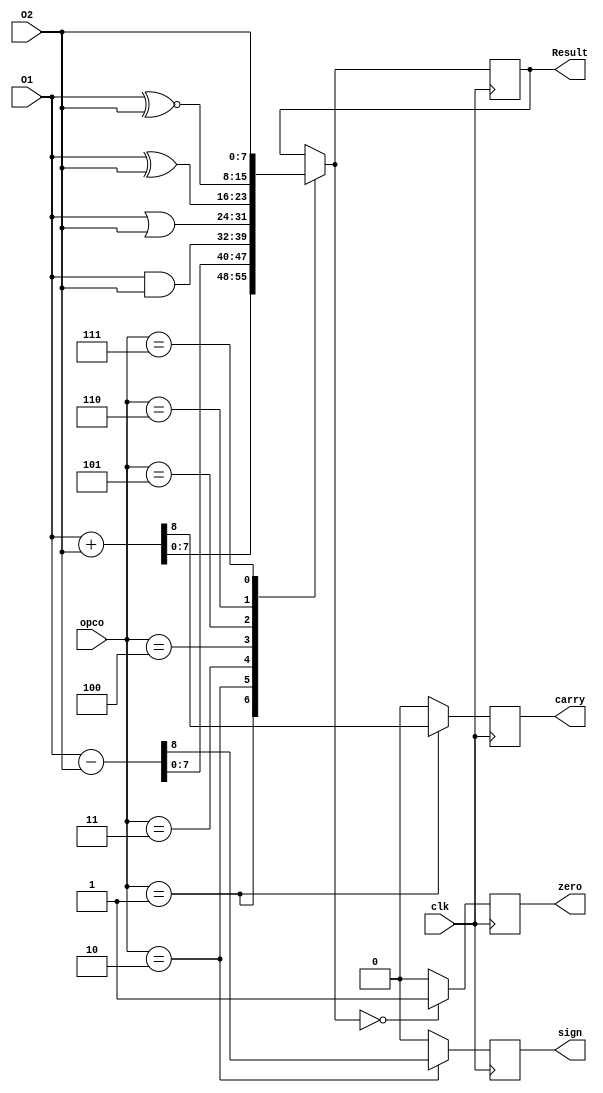
`timescale 1ns / 1ps
//////////////////////////////////////////////////////////////////////////////////
// Company: 
// Engineer: 
// 
// Design Name: 
// Module Name: alu
// Project Name: 
// Target Devices: 
// Tool Versions: 
// Description: 
// 
// Dependencies: 
// 
// Revision:
// Revision 0.01 - File Created
// Additional Comments:
// 
//////////////////////////////////////////////////////////////////////////////////


module alu(
    input [7:0] O1,O2,
    input [2:0] opco,
    input clk,
    output [7:0] Result,
    output reg carry,
    output reg sign,
    output reg zero
   );
   
    initial begin
      carry = 0;
      sign = 0;
      zero = 0;
    end
    
    reg [ 7:0] alu_result;
    assign Result = alu_result;
    
    always @ (posedge clk)
    begin
      carry = 0;
      sign = 0;
      zero = 0;
        case(opco)
            3'b001:
                {carry,alu_result} = O1 + O2;
             3'b010 :
                {sign,alu_result} = O1 - O2;
             3'b011 :
                alu_result = O1 & O2;            
             3'b100 :
                alu_result = O1 | O2;         
             3'b101 :
                alu_result = O1 ^ O2; 
             3'b110 :
                alu_result = O1 ~^ O2; 
             3'b111 :
                alu_result = O2;                                         
         endcase
         zero = (alu_result == 0) ? 1 : 0;
         end
endmodule